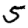
Digit: 5